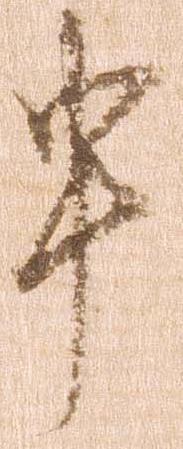
申